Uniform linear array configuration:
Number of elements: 4
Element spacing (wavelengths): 0.25
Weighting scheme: binomial
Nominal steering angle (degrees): -45
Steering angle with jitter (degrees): -45.805
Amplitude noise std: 0.05
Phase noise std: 0.05

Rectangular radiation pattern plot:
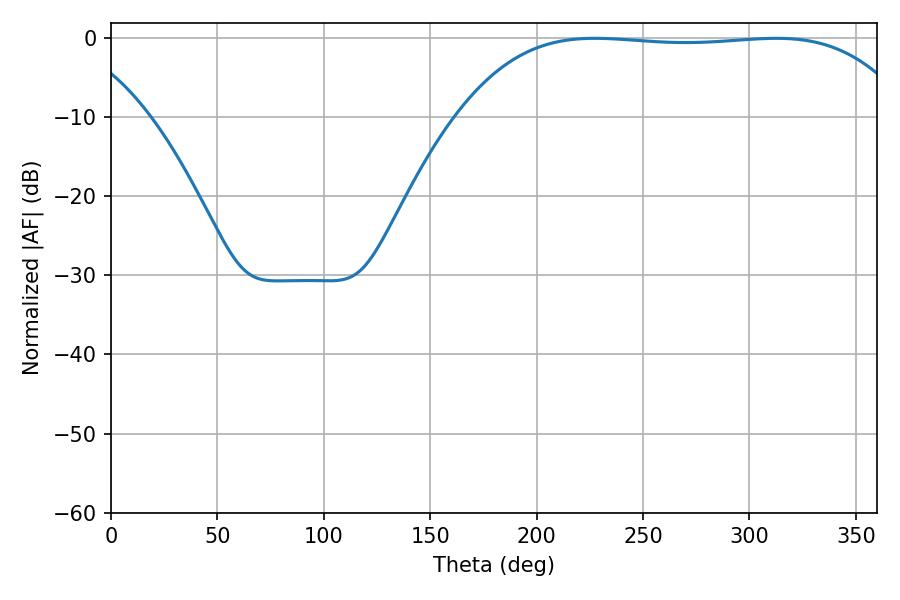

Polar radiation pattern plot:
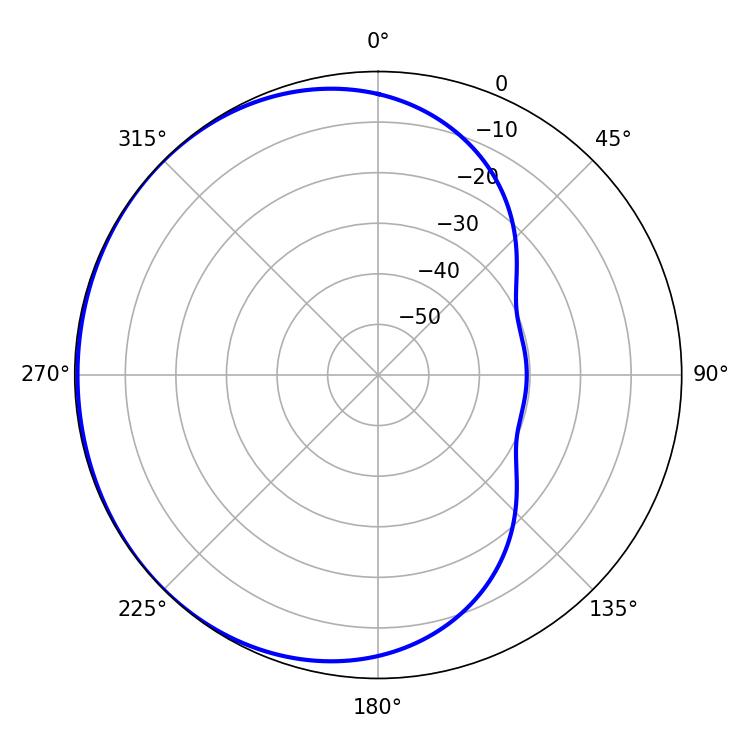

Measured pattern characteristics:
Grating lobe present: FALSE
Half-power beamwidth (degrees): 165.6
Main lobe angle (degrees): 227.34